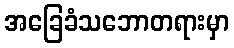
အခြေခံသဘောတရားမှာ